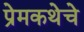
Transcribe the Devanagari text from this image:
प्रेमकथेचे